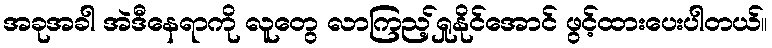
အခုအခါ အဲဒီနေရာကို လူတွေ လာကြည့်ရှုနိုင်အောင် ဖွင့်ထားပေးပါတယ်။